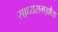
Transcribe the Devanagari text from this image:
साध्यसमझौता